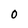
Character: 0